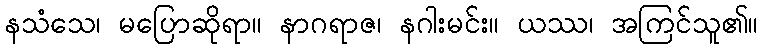
နသံသေ၊ မပြောဆိုရာ။ နာဂရာဇ၊ နဂါးမင်း။ ယဿ၊ အကြင်သူ၏။